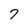
Character: 7